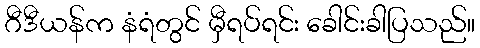
ဂီဒီယန်က နံရံတွင် မှီရပ်ရင်း ခေါင်းခါပြသည်။